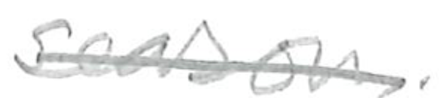
Text: season.
Cross-out: single-line
Writing tool: pencil